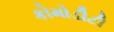
કોમોડીટી